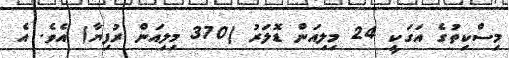
މިސްކިތުގެ އަގަކީ 24 މިލިއަން ޑޮލަރު (370 މިލިއަން ރުފިޔާ) އެވެ. އެ